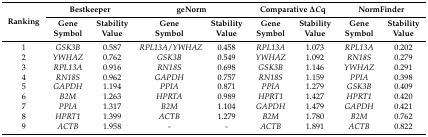
| <ROWSPAN=2> Ranking | <COLSPAN=2> Bestkeeper | <COLSPAN=2> geNorm | <COLSPAN=2> Comparative ΔCq | <COLSPAN=2> NormFinder |
 | Gene Symbol | Stability Value | Gene Symbol | Stability Value | Gene Symbol | Stability Value | Gene Symbol | Stability Value |
 | --- | --- | --- | --- | --- | --- | --- | --- | --- |
 | 1 | GSK3B | 0.587 | RPL13A/YWHAZ | 0.458 | RPL13A | 1.073 | RPL13A | 0.202 |
 | 2 | YWHAZ | 0.762 | GSK3B | 0.549 | YWHAZ | 1.092 | RN18S | 0.279 |
 | 3 | RPL13A | 0.916 | RN18S | 0.698 | GSK3B | 1.146 | YWHAZ | 0.291 |
 | 4 | RN18S | 0.962 | GAPDH | 0.757 | RN18S | 1.159 | PPIA | 0.398 |
 | 5 | GAPDH | 1.194 | PPIA | 0.871 | PPIA | 1.279 | GSK3B | 0.409 |
 | 6 | B2M | 1.263 | HPRTA | 0.989 | HPRT1 | 1.427 | HPRT1 | 0.420 |
 | 7 | PPIA | 1.317 | B2M | 1.104 | GAPDH | 1.479 | GAPDH | 0.421 |
 | 8 | HPRT1 | 1.399 | ACTB | 1.279 | B2M | 1.780 | B2M | 0.762 |
 | 9 | ACTB | 1.958 | - | - | ACTB | 1.891 | ACTB | 0.822 |